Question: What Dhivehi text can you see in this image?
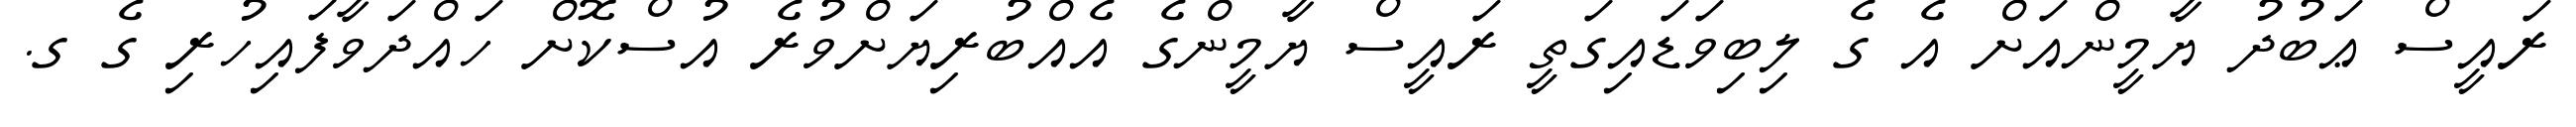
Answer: ރައީސް ޢަބުދު ޔާމީންއަށް އެ ގެ ލިބިވަޑައިގަތީ ރައީސް ޔާމީންގެ އެއްބުރިޔަށްވުރެ އުސްކޮށް ހައްދަވާފައިހުރި ގެ ގ.